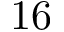
1 6